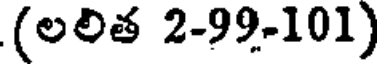
(లలిత 2-99-101)